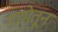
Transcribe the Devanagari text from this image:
गाभेतून